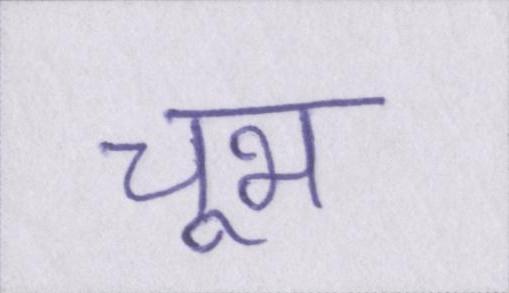
चूभ